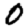
Digit: 0